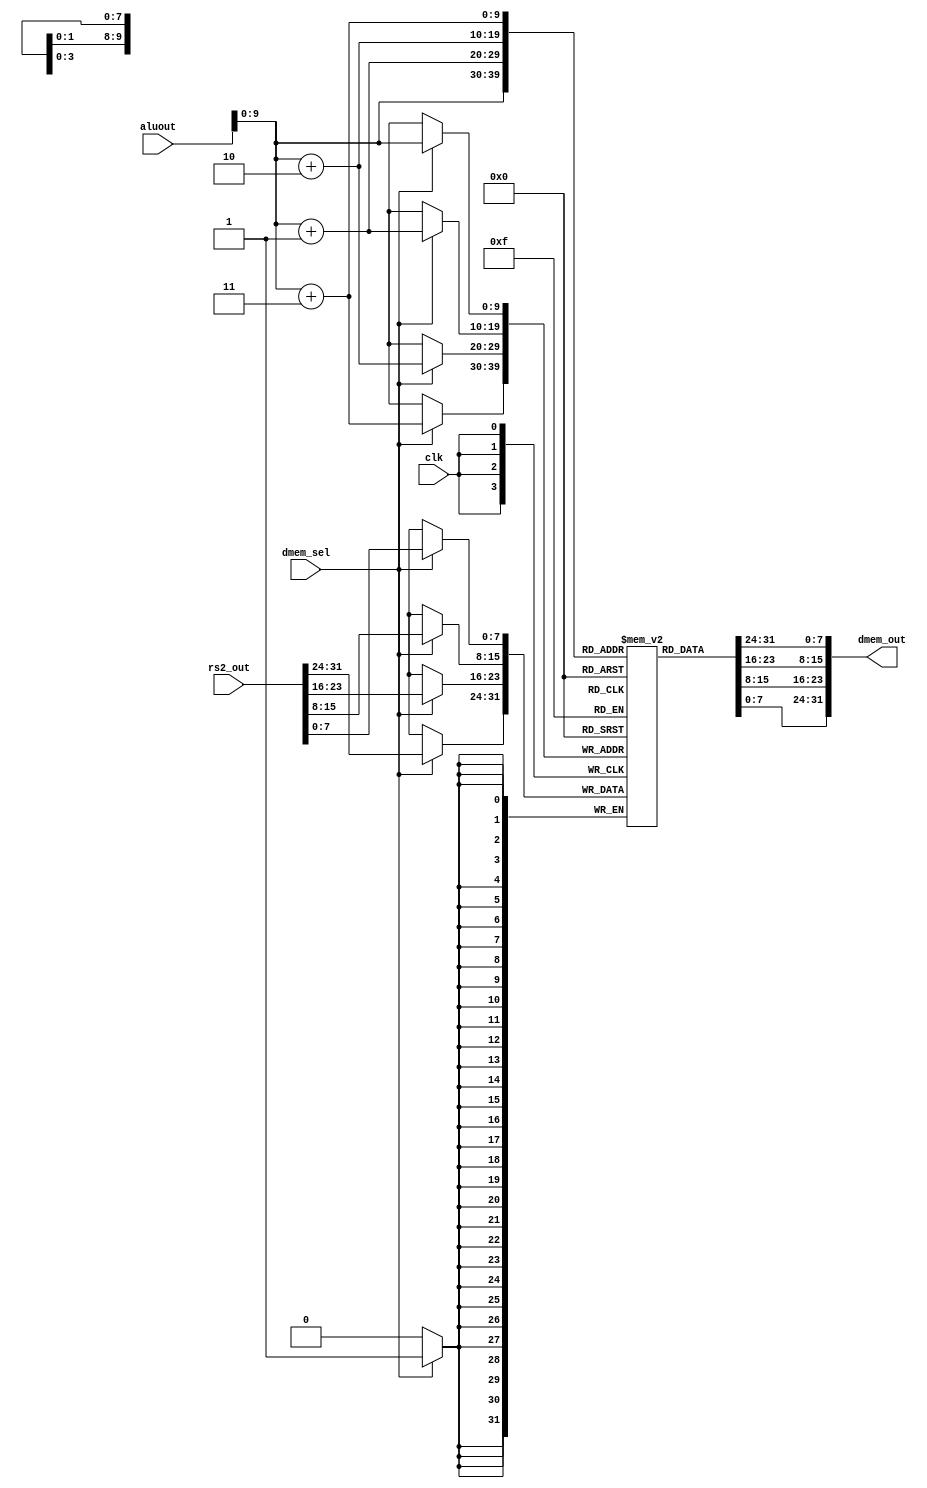
module DMEM (clk, dmem_sel, aluout, rs2_out, dmem_out);
parameter MEM_DEPTH = 1024; // Depth of memory in units
input clk, dmem_sel;
input [31:0] aluout, rs2_out;
output [31:0] dmem_out;

reg [7:0] registers[MEM_DEPTH-1:0];
integer i;
initial begin
    for (i = 0; i < MEM_DEPTH; i = i + 1) registers[i] = 0;
end
assign dmem_out = {registers[aluout+3], registers[aluout+2], registers[aluout+1], registers[aluout]};

always @(posedge clk) begin
    if (dmem_sel)
        {registers[aluout+3], registers[aluout+2], registers[aluout+1], registers[aluout]} <= rs2_out;
end
endmodule